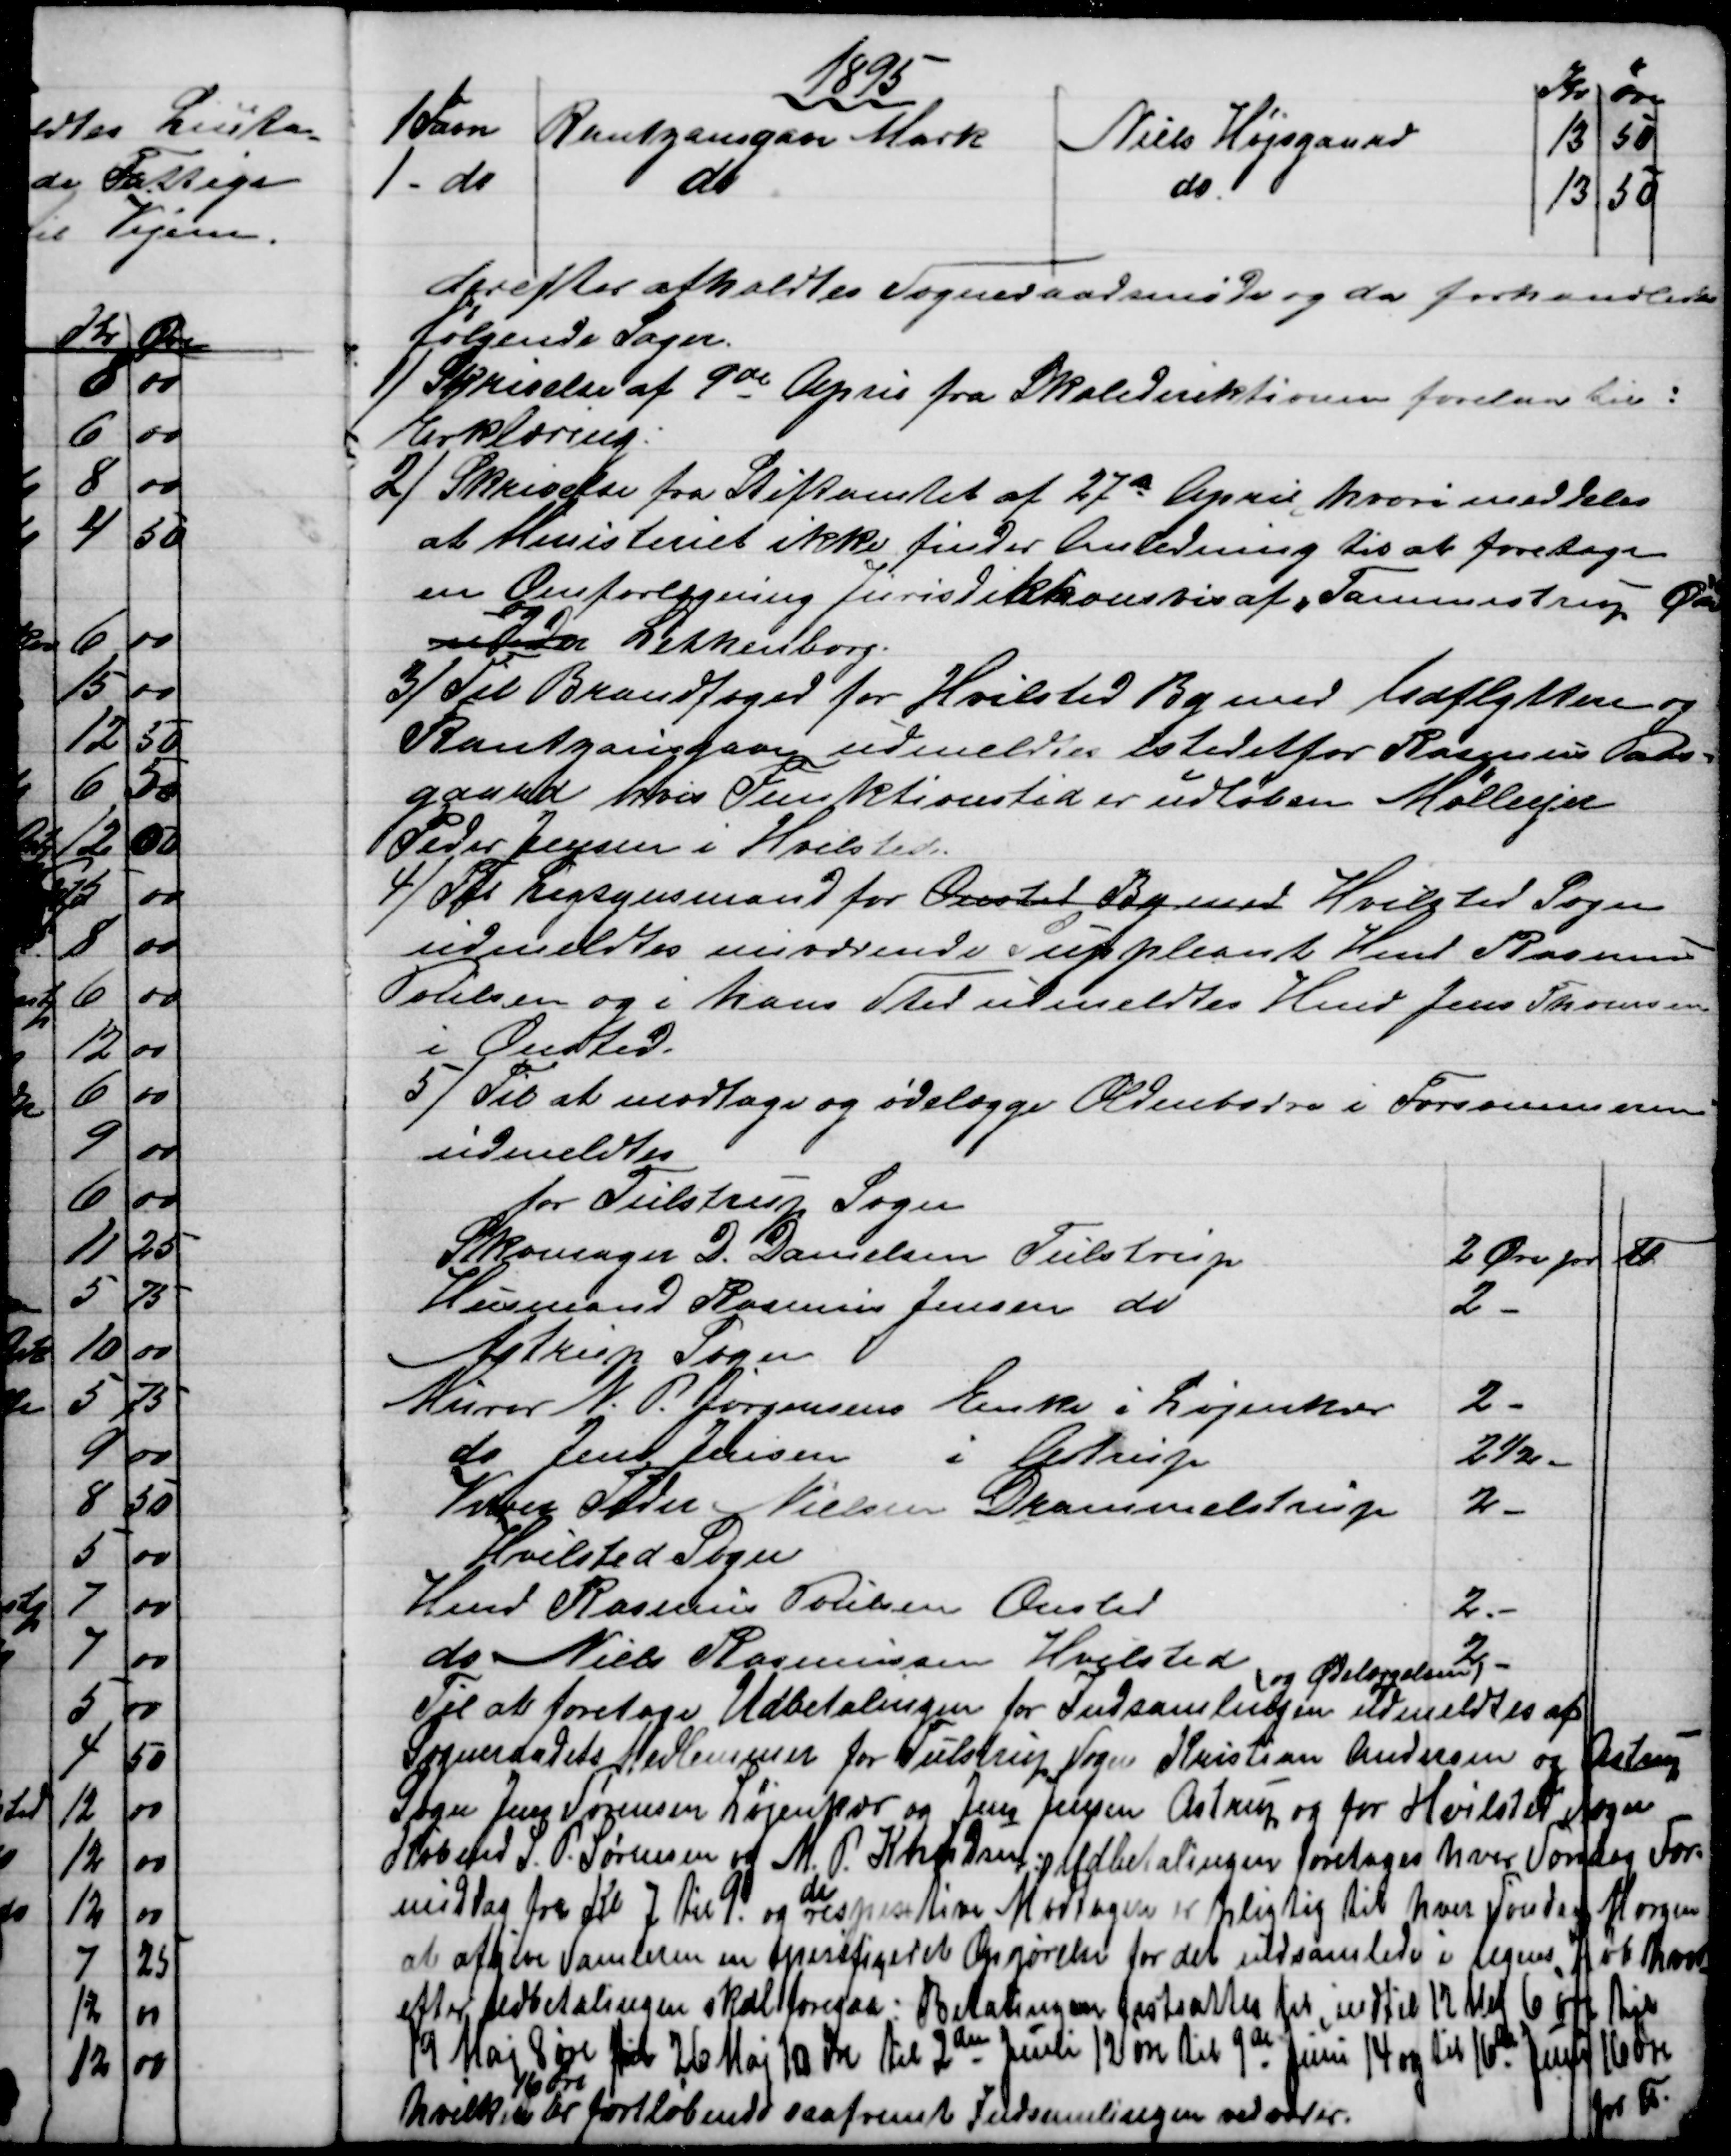
Transskription:
1895
 Kr
øre
1 Favn 
Rantzausgave Mark
Niels Højsgaard
13
50
1 - do
do
do
13
50
derefter afholdtes Sogneraadsmøde og da forhandledes
følgende Sager.
1)
Skrivelse af 9de April fra Skoledirektionen forelaa til:
Erklæring.
2) 
Skrivelse fra Stiftamtet af 27de April hvori meddeles
at Miniisteriet ikke finder Anledning til at foretage
en Omforlægning Jurisdiktionsvis af Tammestrup Øde
under  
og
Lethenborg.
3) 
Til Brandfoged for Hvilsted By med Udflyttere og
Rantzausgave udmeldtes istedetfor Rasmus Paas-
gaard hvis Funktionstid er udløben Mølleejer
Peder Jensen i Hvilsted.
4) 
Til Ligsynsmand for Onsted By med Hvilsted Sogn
udmeldtes nuværende Suppleant Hmd Rasmus
Poulsen og i hans Sted udmeldtes Hmd Jens Thomsen
i Onsted.
5) 
Til at modtage og ødelægge Oldenborre i Forsommeren
udmeldtes
for Tulstrup Sogn
Skomager D. Danielsen Tulstrup
2 Øre pr
℔
Husmand Rasmus Jensen do
2 -
Astrup Sogn
Murer N. P. Jørgensens Enke i Løjenkær
2 -
do Jens Jensen i Astrup
2½ -
Væver Peder Nielsen Drammelstrup
2 -
Hvilsted Sogn
Hmd Rasmus Poulsen Onsted
2.-
do Niels Rasmussen Hvilsted
2 - 
Til at foretage Udbetalingen for Indsamlingen 
og Ødelæggelsen
udmeldtes af
Sogneraadets Medlemmer for Tulstrup Sogn Kristian Andersen og Astrup
Sogn Jens Sørensen Løjenkær og Jens Jensen Astrup og for Hvilsted sogn
Købmd S. P. Sørensen og M. P. Knudsen: Udbetalingen foretages hver Søndag For-
middag fra Kl 7 til 9 og 
de
respekktive Modtagere er pligtig til hver Søndag Morgen
at afgive Samleren en specificeret Opgørelse for det indsamlede i Ugens, Løb hvor
efter Udbetalingen skal foregaa: Betalingen fastsattes til indtil 12 Maj 6 øre til
19 Maj 8 øre til 26 Maj 10 øre til 2den Juni 12 øre til 9de Juni 14 og til 16de Juni 16 øre
pr ℔
hvilket 
16 Øre
er fortløbende saafremt Indsamlingen vedvarer.